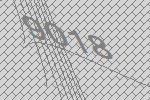
9018